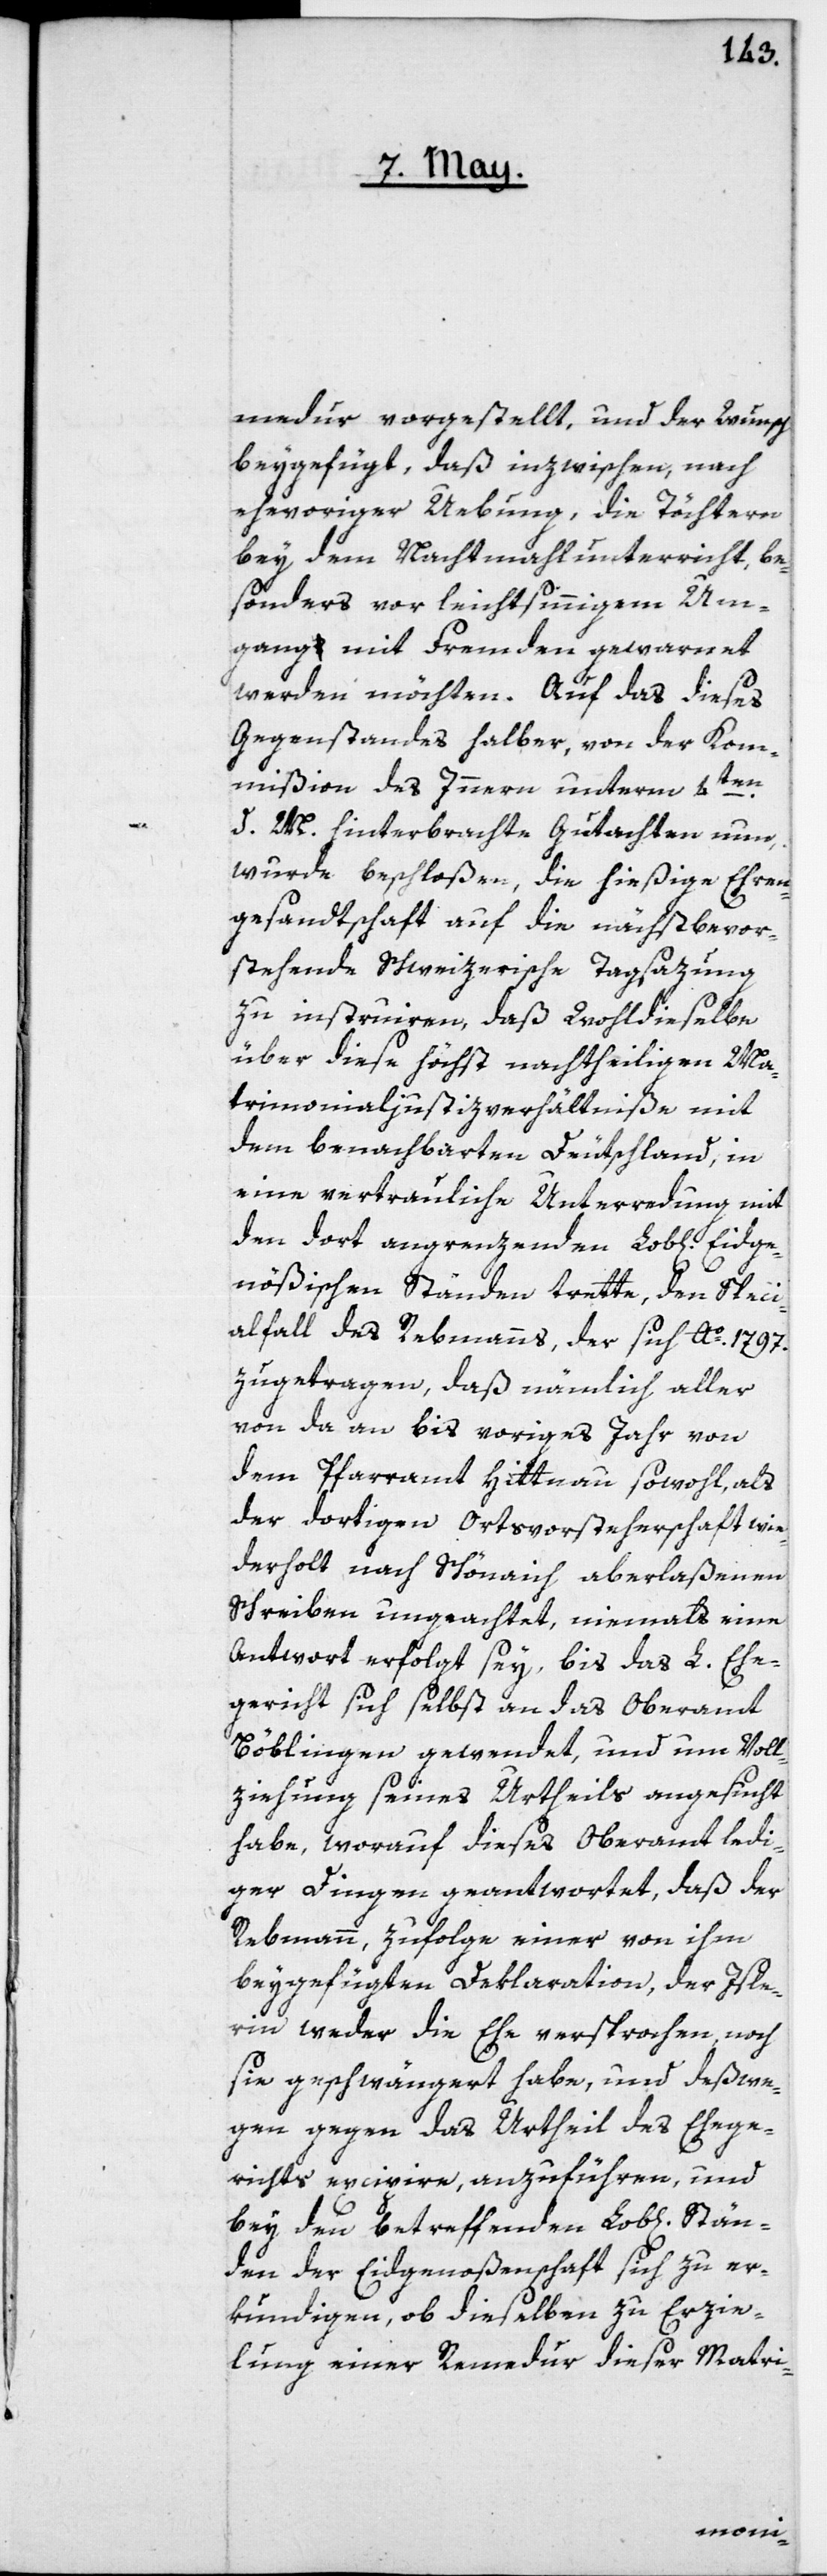
Eidge¬

medur vorgestellt, und der Wunsch
beygefügt, daß inzwischen, nach
ehevoriger Uebung, die Töchtern
bey dem Nachtmahlunterricht be¬
sonders vor leichtsinnigem Um¬
gang mit Fremden gewarnet
werden möchten. Auf das dieses
Gegenstandes halber, von der Kom¬
Stän¬
mißion des Innern unterm 4t¬
d. M. hinterbrachte Gutachten nun,
wurde beschloßen, die hießige Ehren¬
gesandtschaft auf die nächst bevor¬
stehende Schweizerische Tagsazung
zu instruiren, daß Wohldieselbe
über diese höchst nachtheiligen Ma¬
trimonialjustizverhältniße mit
dem benachbarten Deutschland, in
eine vertrauliche Unterredung mit
den dort angrenzenden Lob[liche¬
nößischen Ständen trette, den Speci¬
alfall des Rebmanns, der sich Ao 1797.
zugetragen, daß nämlich aller
von da an bis voriges Jahr von
dem Pfarramt Hittnau sowohl, als
der dortigen Ortsvorsteherschaft wie¬
derholt nach Schönaich aberlaßenen
Schreiben ungeachtet, niemals eine
Antwort erfolgt sey, bis das L. Ehe¬
gericht sich selbst an das Oberamt
Böblingen gewendet, und um Voll¬
ziehung seines Urtheils angesucht
habe, worauf dieses Oberamt ledi¬
ger Dingen geantwortet, daß der
Rebmann, zufolge einer von ihm
beygefügten Deklaration, der Isle¬
rin weder die Ehe versprochen, noch
sie geschwängert habe, und deßwe¬
gen gegen das Urtheil des Ehege¬
richts excipire, anzuführen, und
bey den betreffenden Lob[lichen]
den der Eidgenoßenschaft sich zu er¬
kundigen, ob dieselben zu Erzie¬
lung einer Remedur dieser Matri-